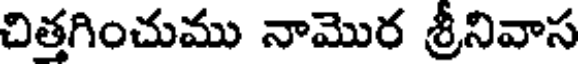
చిత్తగించుము నామొర శ్రీనివాస